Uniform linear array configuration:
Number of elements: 8
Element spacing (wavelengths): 0.25
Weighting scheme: cosine
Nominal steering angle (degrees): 15
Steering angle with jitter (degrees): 16.023
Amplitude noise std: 0.05
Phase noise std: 0.05

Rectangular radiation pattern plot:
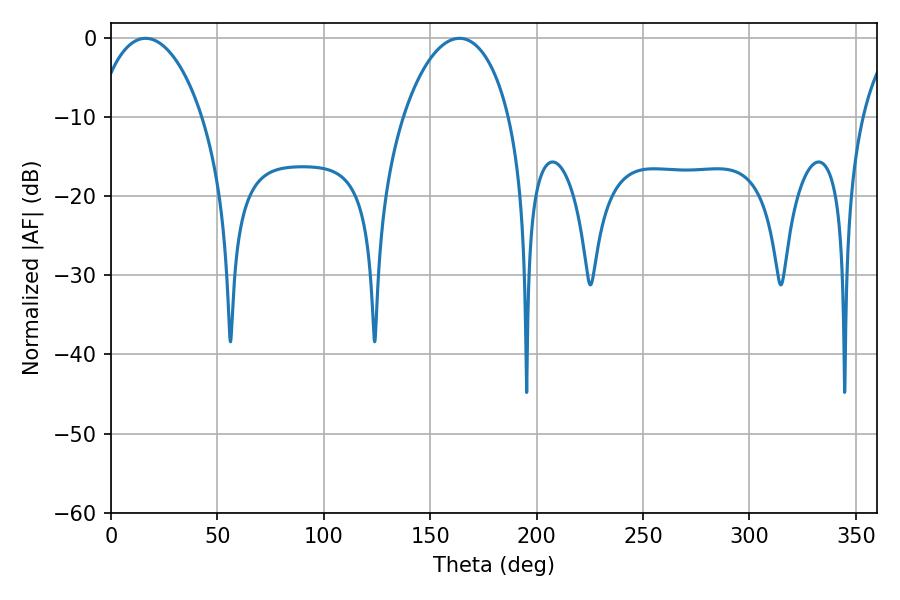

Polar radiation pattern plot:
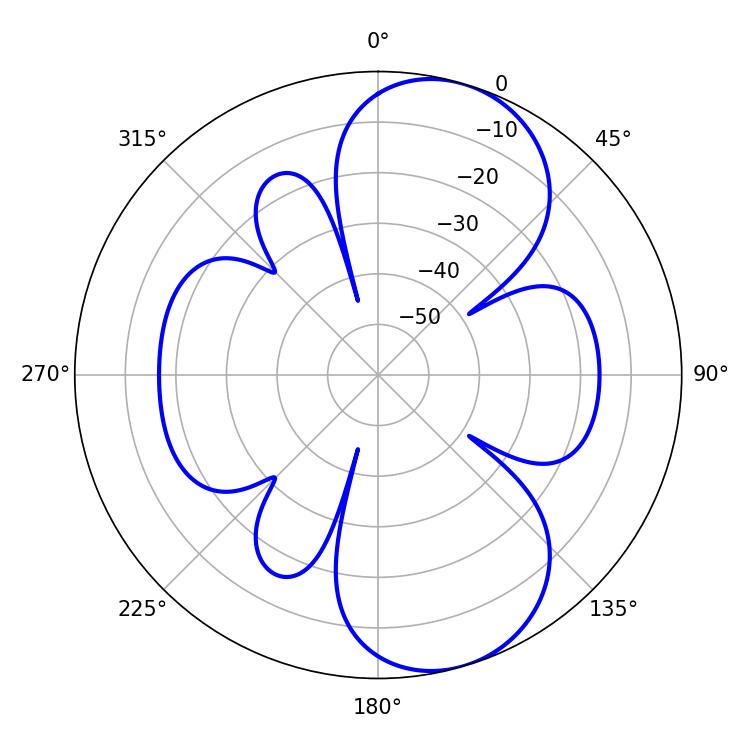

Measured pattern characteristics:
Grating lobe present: FALSE
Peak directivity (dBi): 8.407
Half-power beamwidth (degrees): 28.26
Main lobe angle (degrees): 16.2